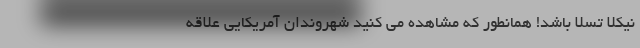
نیکلا تسلا باشد! همانطور که مشاهده می کنید شهروندان آمریکایی علاقه